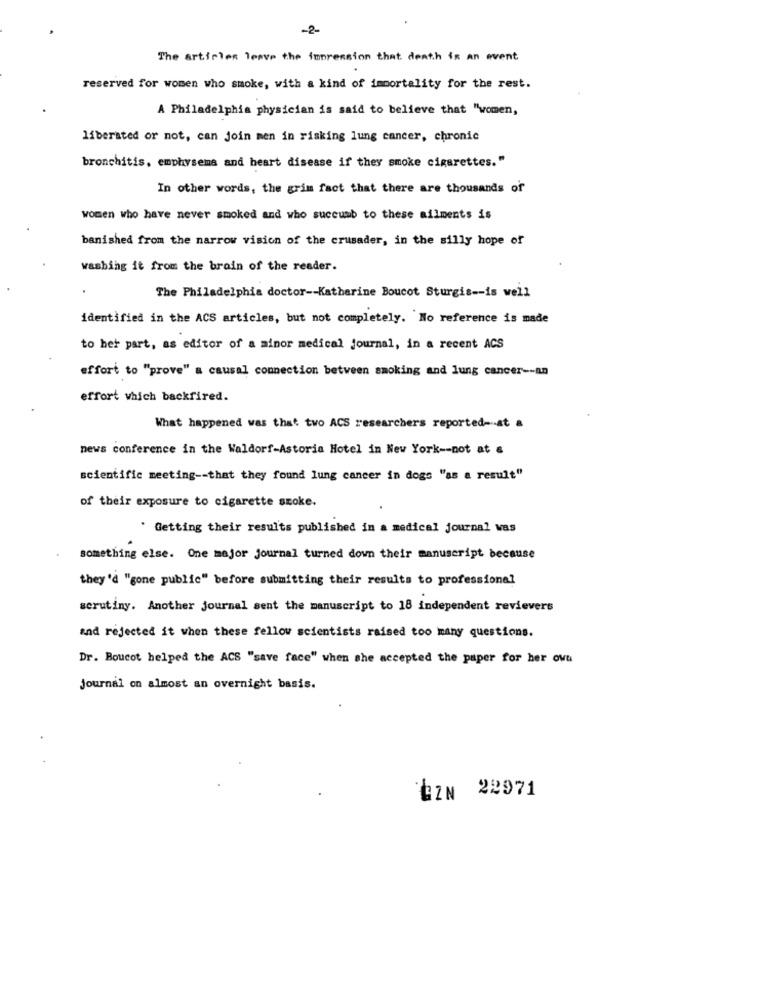
-2-
The articles leave the impression that death is an event
reserved for women who smoke, with a kind of immortality for the rest.
A Philadelphia physician is said to believe that "women,
liberated or not, can join men in risking lung cancer, chronic
bronchitis, emphysema and heart disease if they smoke cigarettes."
In other words, the grim fact that there are thousands of
women who have never smoked and who succumb to these ailments is
banished from the narrow vision of the crusader, in the silly hope of
washing it from the brain of the reader.
The Philadelphia doctor -- Katharine Boucot Sturgis -- is well
identified in the ACS articles, but not completely. No reference is made
to her part, as editor of a minor medical journal, in a recent ACS
effort to "prove" a causal connection between smoking and lung cancer -- an
effort which backfired.
What happened was that two ACS researchers reported-at &
news conference in the Waldorf-Astoria Hotel in New York -- not at &
scientific meeting -- that they found lung cancer in dogs "as a result"
of their exposure to cigarette szoke.
' Getting their results published in a medical journal was
something else. One major journal turned down their manuscript because
they'd "gone public" before submitting their results to professional
scrutiny. Another journal sent the manuscript to 18 independent revievers
and rejected it when these fellow scientists raised too many questions.
Dr. Boucot helped the ACS "save face" when she accepted the paper for her ovu
journal on almost an overnight basis.
EIN 22971